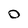
Character: 0